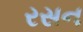
રસન